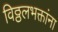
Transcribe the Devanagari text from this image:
विठ्ठलभक्तांना